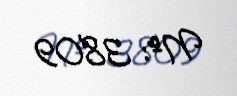
№: 3809